Scottish Leaving Certificate Examination, 1959
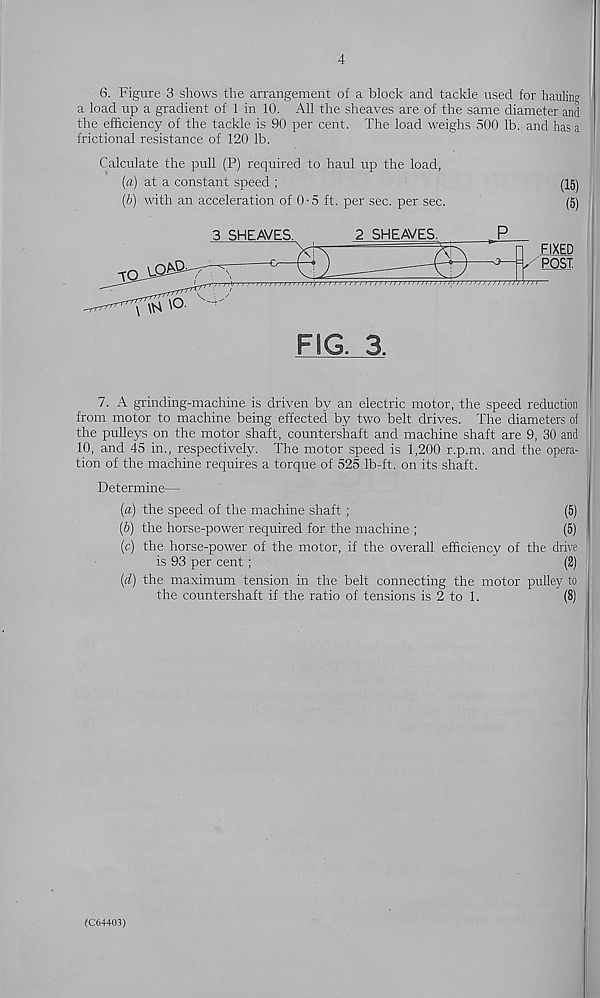
4
6. Figure 3 shows the arrangement of a block and tackle used for hauling
a load up a gradient of 1 in 10. All the sheaves are of the same diameter and
the efficiency of the tackle is 90 per cent. The load weighs 500 lb. and has a
frictional resistance of 120 lb.
Calculate the pull (P) required to haul up the load,
[а) at a constant speed ;
(15)
(б) with an acceleration of 0-5 ft. per sec. per sec.
(5)
FIG. 3.
7. A grinding-machine is driven by an electric motor, the speed reduction
from motor to machine being effected by two belt drives. The diameters of
the pulleys on the motor shaft, countershaft and machine shaft are 9, 30 and
10, and 45 in., respectively. The motor speed is 1,200 r.p.m. and the opera-
tion of the machine requires a torque of 525 Ib-ft. on its shaft.
Determine—
(«) the speed of the machine shaft;
(5)
(6) the horse-power required for the machine ;
(5)
(c) the horse-power of the motor, if the overall efficiency of the drive
is 93 per cent;
'
(2)
(d) the maximum tension in the belt connecting the motor pulley to
the countershaft if the ratio of tensions is 2 to 1.
(8)
(C64403)